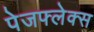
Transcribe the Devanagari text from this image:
पेजफ्लेक्स